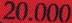
20.000